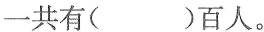
一共有( )百人。